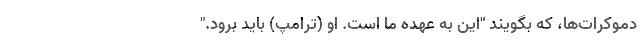
دموکرات‌ها، که بگویند "این به عهده ما است. او (ترامپ) باید برود."